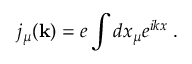
j _ { \mu } ( { \bf k } ) = e \int d x _ { \mu } e ^ { i k x } \; .